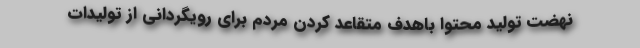
نهضت تولید محتوا باهدف متقاعد کردن مردم برای رویگردانی از تولیدات